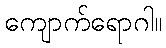
ကျောက်ရောဂါ။